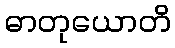
ဓာတုယောတိ